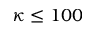
\kappa \leq 1 0 0